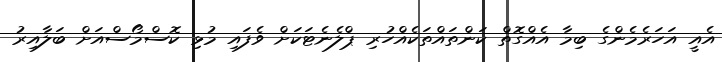
އެއީ އަހަރެމެންގެ ބިމާ އެއްގޮތް ކަންތައްތަކެއްހުރި ޕްލެނެޓަކަށް ވެފައި މުޅި ކޮސްމޯސްއަށް ބަލާއިރު